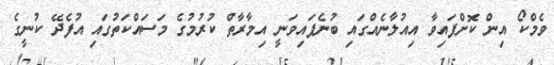
ވެމްކޯ އިން ކޮށްފައިވާ އިއުލާނެއްގައި ބުނެފައިވަނީ އިމާރާތް ކުރުމުގެ މަސައްކަތުގައި އުފެދޭ ކުނީގެ